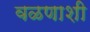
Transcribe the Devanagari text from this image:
वळणाशी